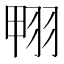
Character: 翈